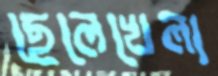
ছেলেখেলা